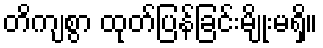
တိကျစွာ ထုတ်ပြန်ခြင်းမျိုးမရှိ။